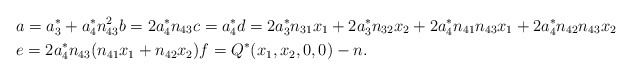
\begin{align*}& a = a_{3}^{*} + a_{4}^{*} n_{43}^{2} b = 2 a_{4}^{*} n_{43} c = a_{4}^{*} d = 2 a_{3}^{*} n_{31} x_{1} + 2 a_{3}^{*} n_{32} x_{2} + 2a_{4}^{*} n_{41} n_{43} x_{1} + 2a_{4}^{*} n_{42} n_{43} x_{2}\\ & e = 2a_{4}^{*} n_{43} (n_{41} x_{1} + n_{42} x_{2}) f = Q^{*}(x_{1},x_{2},0,0) - n.\end{align*}